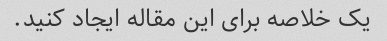
یک خلاصه برای این مقاله ایجاد کنید.